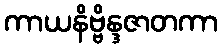
ကာယနိဗ္ဗိန္ဒဇာတကာ